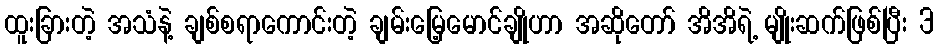
ထူးခြားတဲ့ အသံနဲ့ ချစ်စရာကောင်းတဲ့ ချမ်းမြေ့မောင်ချိုဟာ အဆိုတော် အိအိရဲ့ မျိုးဆက်ဖြစ်ပြီး 3